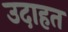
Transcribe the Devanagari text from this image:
उदाहत